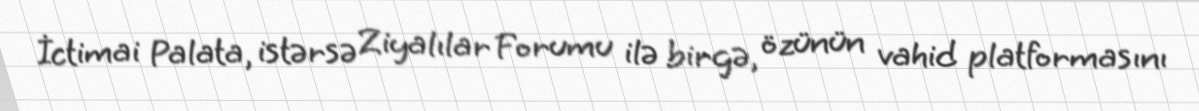
İctimai Palata, istərsə Ziyalılar Forumu ilə birgə, özünün vahid platformasını